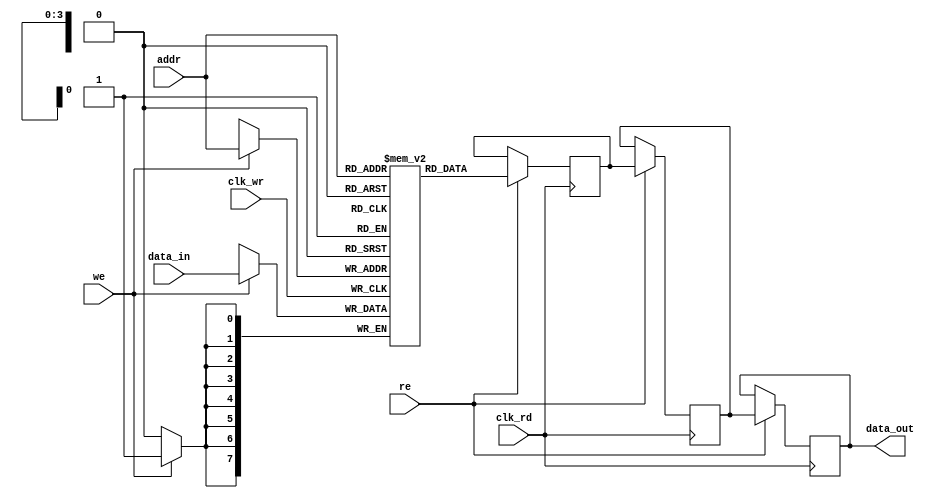
module memory_block #(
    parameter DATA_WIDTH = 8,  // Width of the data bus
    parameter ADDR_WIDTH = 4,   // Address width (2^ADDR_WIDTH = depth)
    parameter DELAY_STAGES = 2   // Number of delay stages in the safe delay line
)(
    input wire clk_wr,          // Write clock
    input wire clk_rd,          // Read clock
    input wire [DATA_WIDTH-1:0] data_in, // Data input
    input wire [ADDR_WIDTH-1:0] addr,     // Address input
    input wire we,              // Write enable
    input wire re,              // Read enable
    output reg [DATA_WIDTH-1:0] data_out   // Data output
);

    // Memory array
    reg [DATA_WIDTH-1:0] mem [(2**ADDR_WIDTH)-1:0];

    // Safe delay line for synchronization
    reg [DATA_WIDTH-1:0] delay_line [0:DELAY_STAGES-1];
    integer i;

    // Write operation
    always @(posedge clk_wr) begin
        if (we) begin
            mem[addr] <= data_in; // Write data to memory
        end
    end

    // Read operation with safe delay line
    always @(posedge clk_rd) begin
        if (re) begin
            // Shift the data through the delay line
            delay_line[0] <= mem[addr]; // First stage
            for (i = 1; i < DELAY_STAGES; i = i + 1) begin
                delay_line[i] <= delay_line[i-1]; // Shift data through delay line
            end
            data_out <= delay_line[DELAY_STAGES-1]; // Output the last stage
        end
    end

endmodule